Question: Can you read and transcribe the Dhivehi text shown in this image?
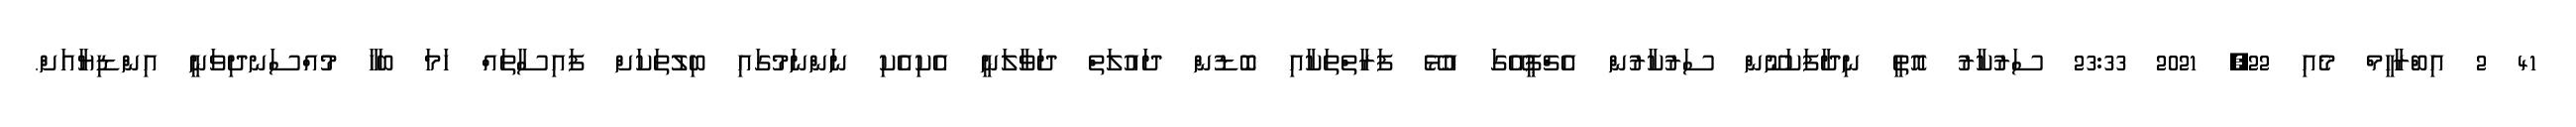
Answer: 41 2 އިބްރާހީމް މެއި 22, 2021 23:33 ސަރުކާރު އޮތީ ނިދާފަކަނޫން ސަރުކާރުން އެޗްޕީއޭގަ އުޅޭ ފަރާތްތަކާއި ބޮޑުން ދައުލަތް ދަވާލަނީ އެކިއެކި ނަންނަމުގައި ބިލުތަކަށް ފައިސާތައް ހަމަ ބަހާ މުއްސަނދިވަނީ އިންޑިޔާއަށް.